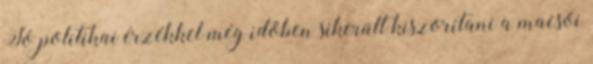
Jó politikai érzékkel még időben sikerült kiszorítani a macsói